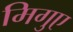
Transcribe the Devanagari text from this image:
मिगुए